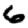
Digit: 6